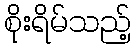
စိုးရိမ်သည့်